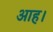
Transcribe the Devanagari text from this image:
आह।